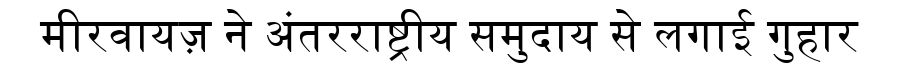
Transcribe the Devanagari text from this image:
मीरवायज़ ने अंतरराष्ट्रीय समुदाय से लगाई गुहार